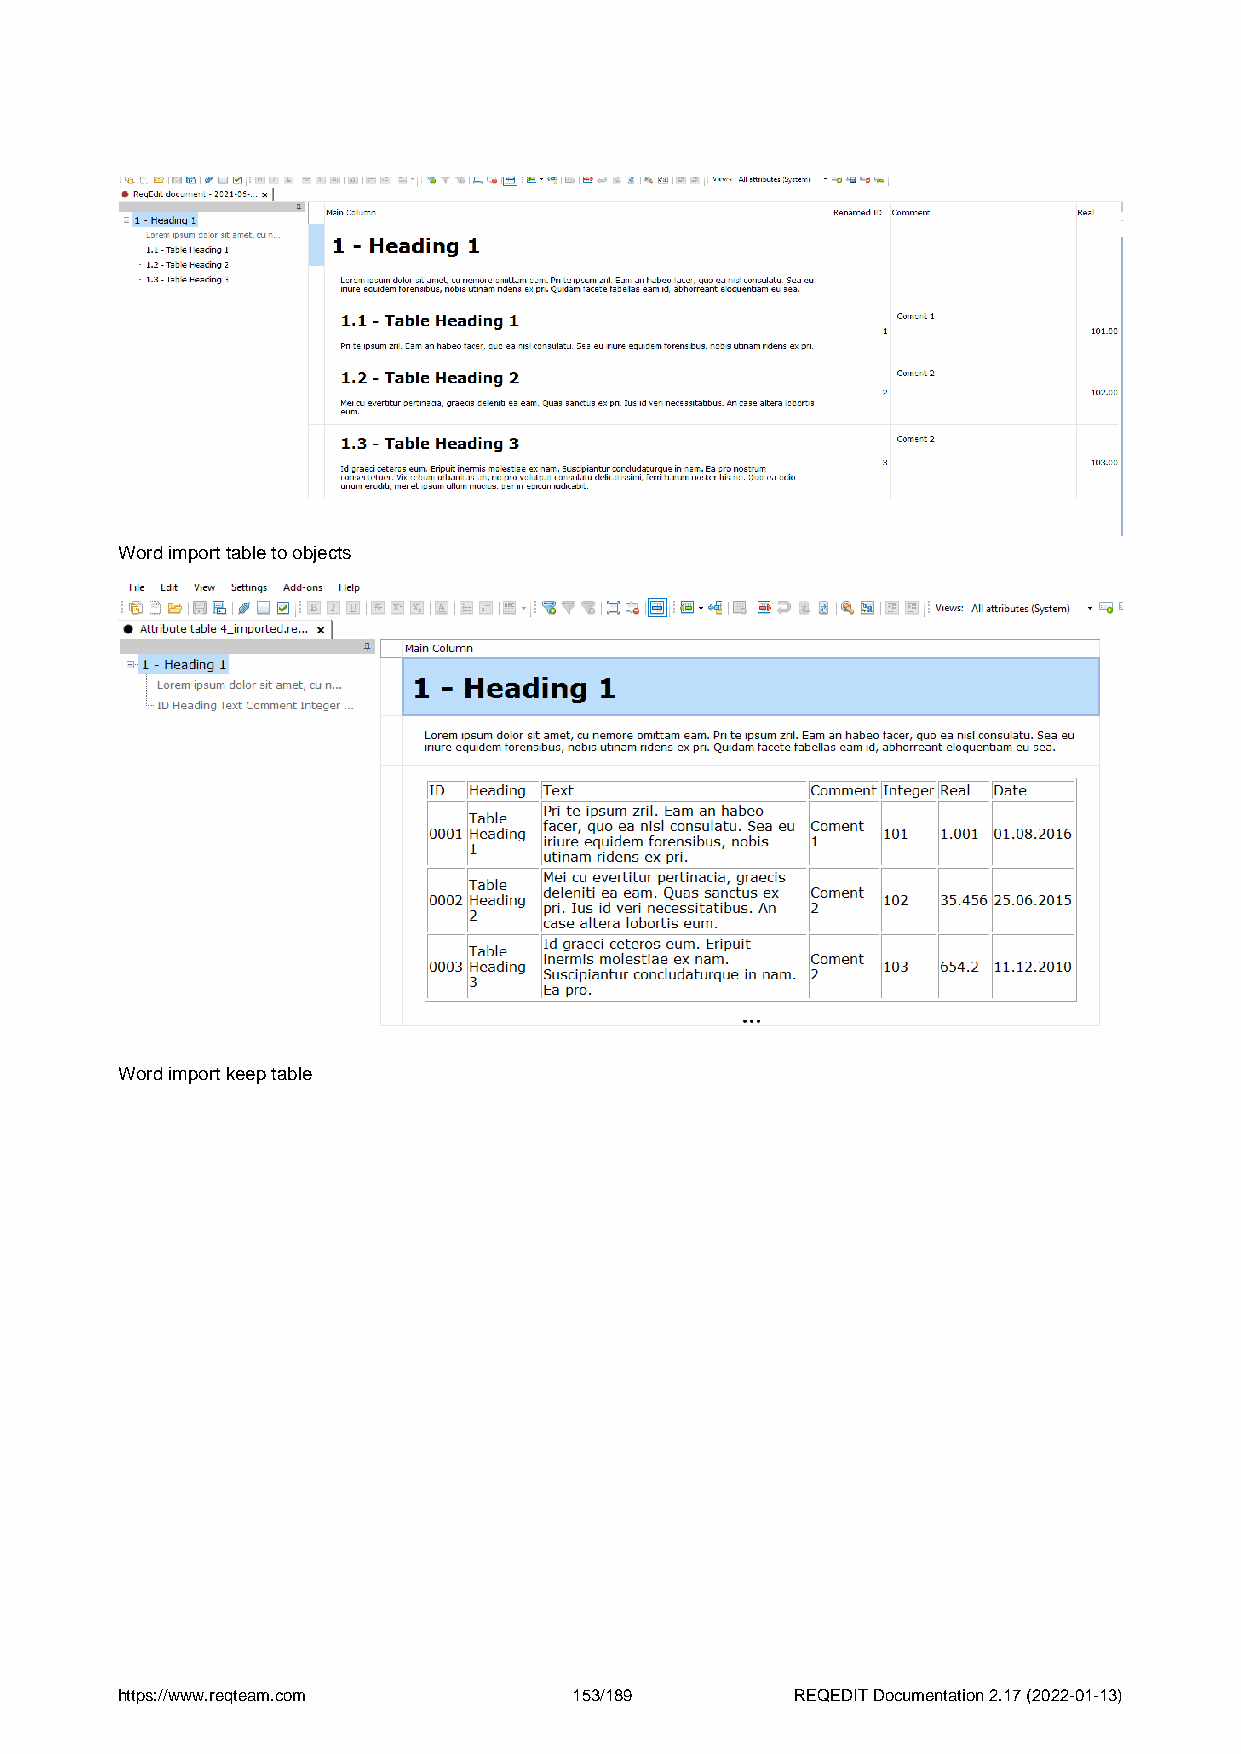
Word import table to objects
 Word import keep table
 https://www.reqteam.com       153/189        REQEDIT Documentation 2.17 (2022-01-13)